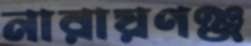
নারায়ণঞ্জ